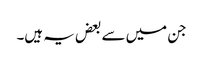
جن میں سے بعض یہ ہیں۔